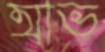
আভ